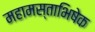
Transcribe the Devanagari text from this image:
महामस्ताभिषेक